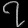
Digit: ၇